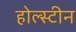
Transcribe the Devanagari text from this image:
होल्स्टीन